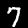
Label: 7